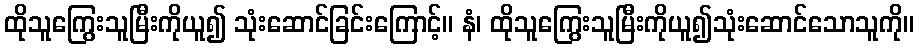
ထိုသူကြွေးသူမြီးကိုယူ၍ သုံးဆောင်ခြင်းကြောင့်။ နံ၊ ထိုသူကြွေးသူမြီးကိုယူ၍သုံးဆောင်သောသူကို။